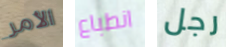
الأمر انطباع رجل